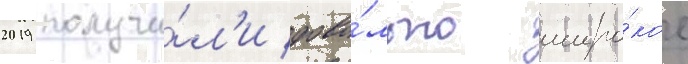
2019 получи́л'и дово́льно широ́кое